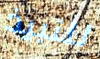
للنبيذ